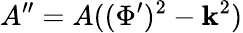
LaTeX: A^{\prime\prime}=A((\Phi^{\prime})^{2}-\mathbf{k}^{2})